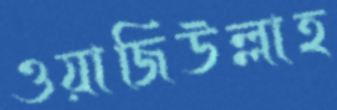
ওয়াজিউল্লাহ